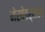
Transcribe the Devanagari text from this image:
मेसोडर्मल